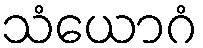
သံယောဂံ